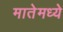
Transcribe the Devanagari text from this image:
मातेमध्ये